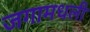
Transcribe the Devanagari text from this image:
जगामधली